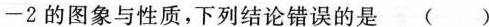
- 2$$的图象与性质，下列结论错误的是 ( )